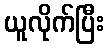
ယူလိုက်ပြီး